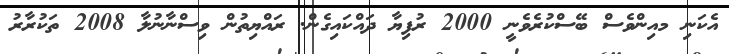
އެކަނި މއިންވެސް ބޭސްކުރެވެނީ 2000 ރުފިޔާ ދައްކައިގެން. ރައްޔިތުން ވިސްނާނުލާ 2008 ތަކުރާރު